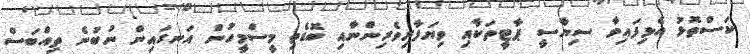
ކަސްތޮޅު އެޅިފައިވާ ސިޔާސީ ޕާޓީތަކާއި ވިޔަފާރިވެރިންނާއި ބޮޑެތި މީސްމީހުން އަނގައިން ނުބުނެ ތިއްބަސް